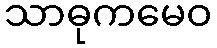
သာဓုကမေဝ